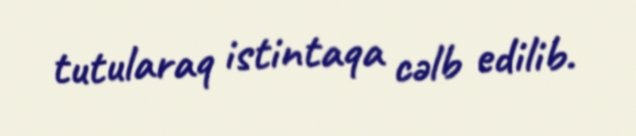
tutularaq istintaqa cəlb edilib.